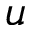
u